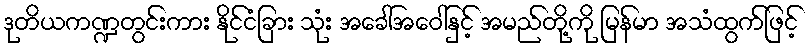
ဒုတိယကဏ္ဍတွင်းကား နိုင်ငံခြား သုံး အခေါ်အဝေါ်နှင့် အမည်တို့ကို မြန်မာ အသံထွက်ဖြင့်